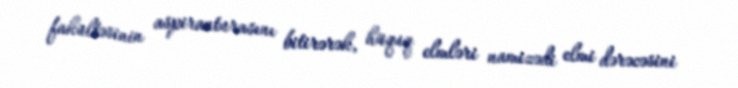
fakültəsinin aspiranturasını bitirərək, hüquq elmləri namizədi elmi dərəcəsini